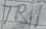
Text: TB1